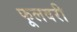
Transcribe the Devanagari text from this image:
फूलवरी